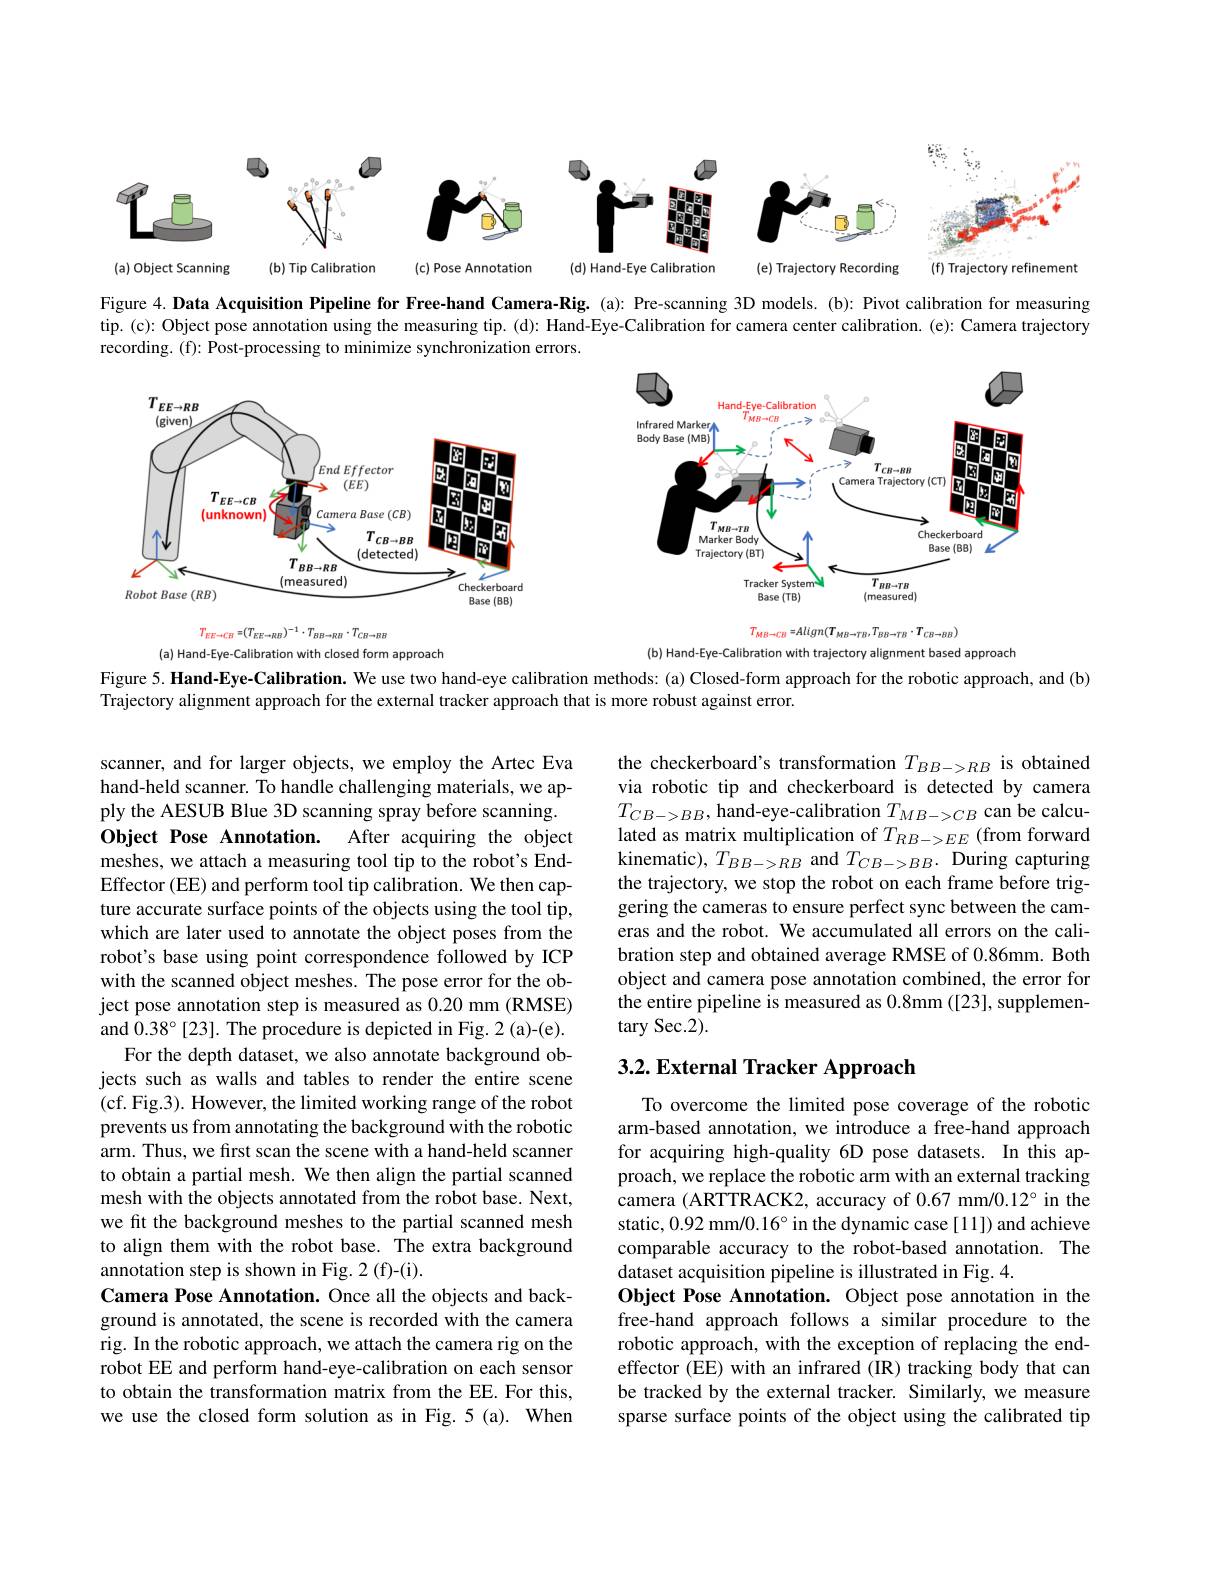
<FigureHere>

Figure $4. \textbf{Data Acquisition Pipeline for Free- hand Camera- Rig. ( a) : Pre- scanning 3D models. ( b) : Pivot calibration for measuring}$ tip. (c): Object pose annotation using the measuring tip. (d): Hand-Eye-Calibration for camera center calibration. (e): Camera trajectory recording. (f): Post-processing to minimize synchronization errors.

<FigureHere>

(a) Hand-Eye-Calibration with closed form approach

(b) Hand-Eye-Calibration with trajectory alignment based approach

Figure 5. Hand-Eye-Calibration. We use two hand-eye calibration methods: (a) Closed-form approach for the robotic approach, and (b)

Trajectory alignment approach for the external tracker approach that is more robust against error.

the checkerboard's transformation $T_{BB->RB}$ is obtained via robotic tip and checkerboard is detected by camera $T_{CB- > BB}$,hand- eye- calibration $T_{MB- > CB}$can be calcu- lated as matrix multiplication of $T_{RB- > EE}$( from forward kinematic), $T_BB->RB$ and $T_CB->BB.$ During capturing the trajectory, we stop the robot on each frame before triggering the cameras to ensure perfect sync between the cameras and the robot. We accumulated all errors on the calibration step and obtained average RMSE of 0.86mm. Both object and camera pose annotation combined, the error for the entire pipeline is measured as 0.8mm ([23], supplementary Sec.2).

# 3.2. External Tracker Approach

scanner, and for larger objects, we employ the Artec Eva hand-held scanner. To handle challenging materials, we apply the AESUB Blue 3D scanning spray before scanning. Object Pose Annotation.
After acquiring the object
meshes, we attach a measuring tool tip to the robot's EndEffector (EE) and perform tool tip calibration. We then capture accurate surface points of the objects using the tool tip, which are later used to annotate the object poses from the robot's base using point correspondence followed by ICP with the scanned object meshes. The pose error for the object pose annotation step is measured as 0.20 mm (RMSE) and $0.38^{\circ}$ [23]. The procedure is depicted in Fig. 2 (a)-(e).
For the depth dataset, we also annotate background objects such as walls and tables to render the entire scene (cf. Fig.3). However, the limited working range of the robot prevents us from annotating the background with the robotic arm. Thus, we first scan the scene with a hand-held scanner to obtain a partial mesh. We then align the partial scanned mesh with the objects annotated from the robot base. Next, we fit the background meshes to the partial scanned mesh to align them with the robot base. The extra background annotation step is shown in Fig. 2 (f)-(i).
Camera Pose Annotation. Once all the objects and background is annotated, the scene is recorded with the camera rig. In the robotic approach, we attach the camera rig on the robot EE and perform hand-eye-calibration on each sensor to obtain the transformation matrix from the EE. For this, we use the closed form solution as in Fig.5(a). When

To overcome the limited pose coverage of the robotic arm-based annotation, we introduce a free-hand approach for acquiring high-quality 6D pose datasets. In this approach, we replace the robotic arm with an external tracking camera (ARTTRACK2, accuracy of 0.67 mm/0.12° in the static, 0.92 mm/$0.16^\circ$ in the dynamic case [11]) and achieve comparable accuracy to the robot-based annotation. The dataset acquisition pipeline is illustrated in Fig. 4.
Object Pose Annotation. Object pose annotation in the free-hand approach follows a similar procedure to the robotic approach, with the exception of replacing the endeffector (EE) with an infrared (IR) tracking body that can be tracked by the external tracker. Similarly, we measure sparse surface points of the object using the calibrated tip